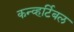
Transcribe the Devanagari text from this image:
कन्व्हर्टिबल